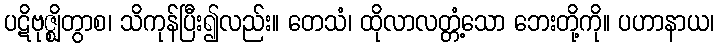
ပဋိဗုဇ္ဈိတွာစ၊ သိကုန်ပြီး၍လည်း။ တေသံ၊ ထိုလာလတ္တံ့သော ဘေးတို့ကို။ ပဟာနာယ၊